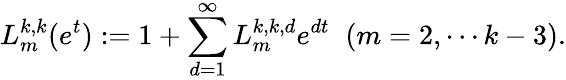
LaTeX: L_{m}^{k,k}(e^{t}):=1+\sum_{d=1}^{\infty}L_{m}^{k,k,d}e^{dt}\; \; (m=2,\cdots k-3).